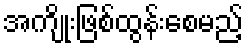
အကျိုးဖြစ်ထွန်းစေမည့်